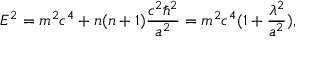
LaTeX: E ^ { 2 } = m ^ { 2 } c ^ { 4 } + n ( n + 1 ) \frac { c ^ { 2 } \hbar ^ { 2 } } { a ^ { 2 } } = m ^ { 2 } c ^ { 4 } ( 1 + \frac { \lambda ^ { 2 } } { a ^ { 2 } } ) ,